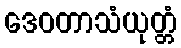
ဒေဝတာသံယုတ္တံ